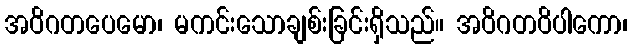
အဝိဂတပေမော၊ မကင်းသောချစ်းခြင်းရှိသည်။ အဝိဂတဝိပါကော၊